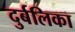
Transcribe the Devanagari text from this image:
दुर्बलिका